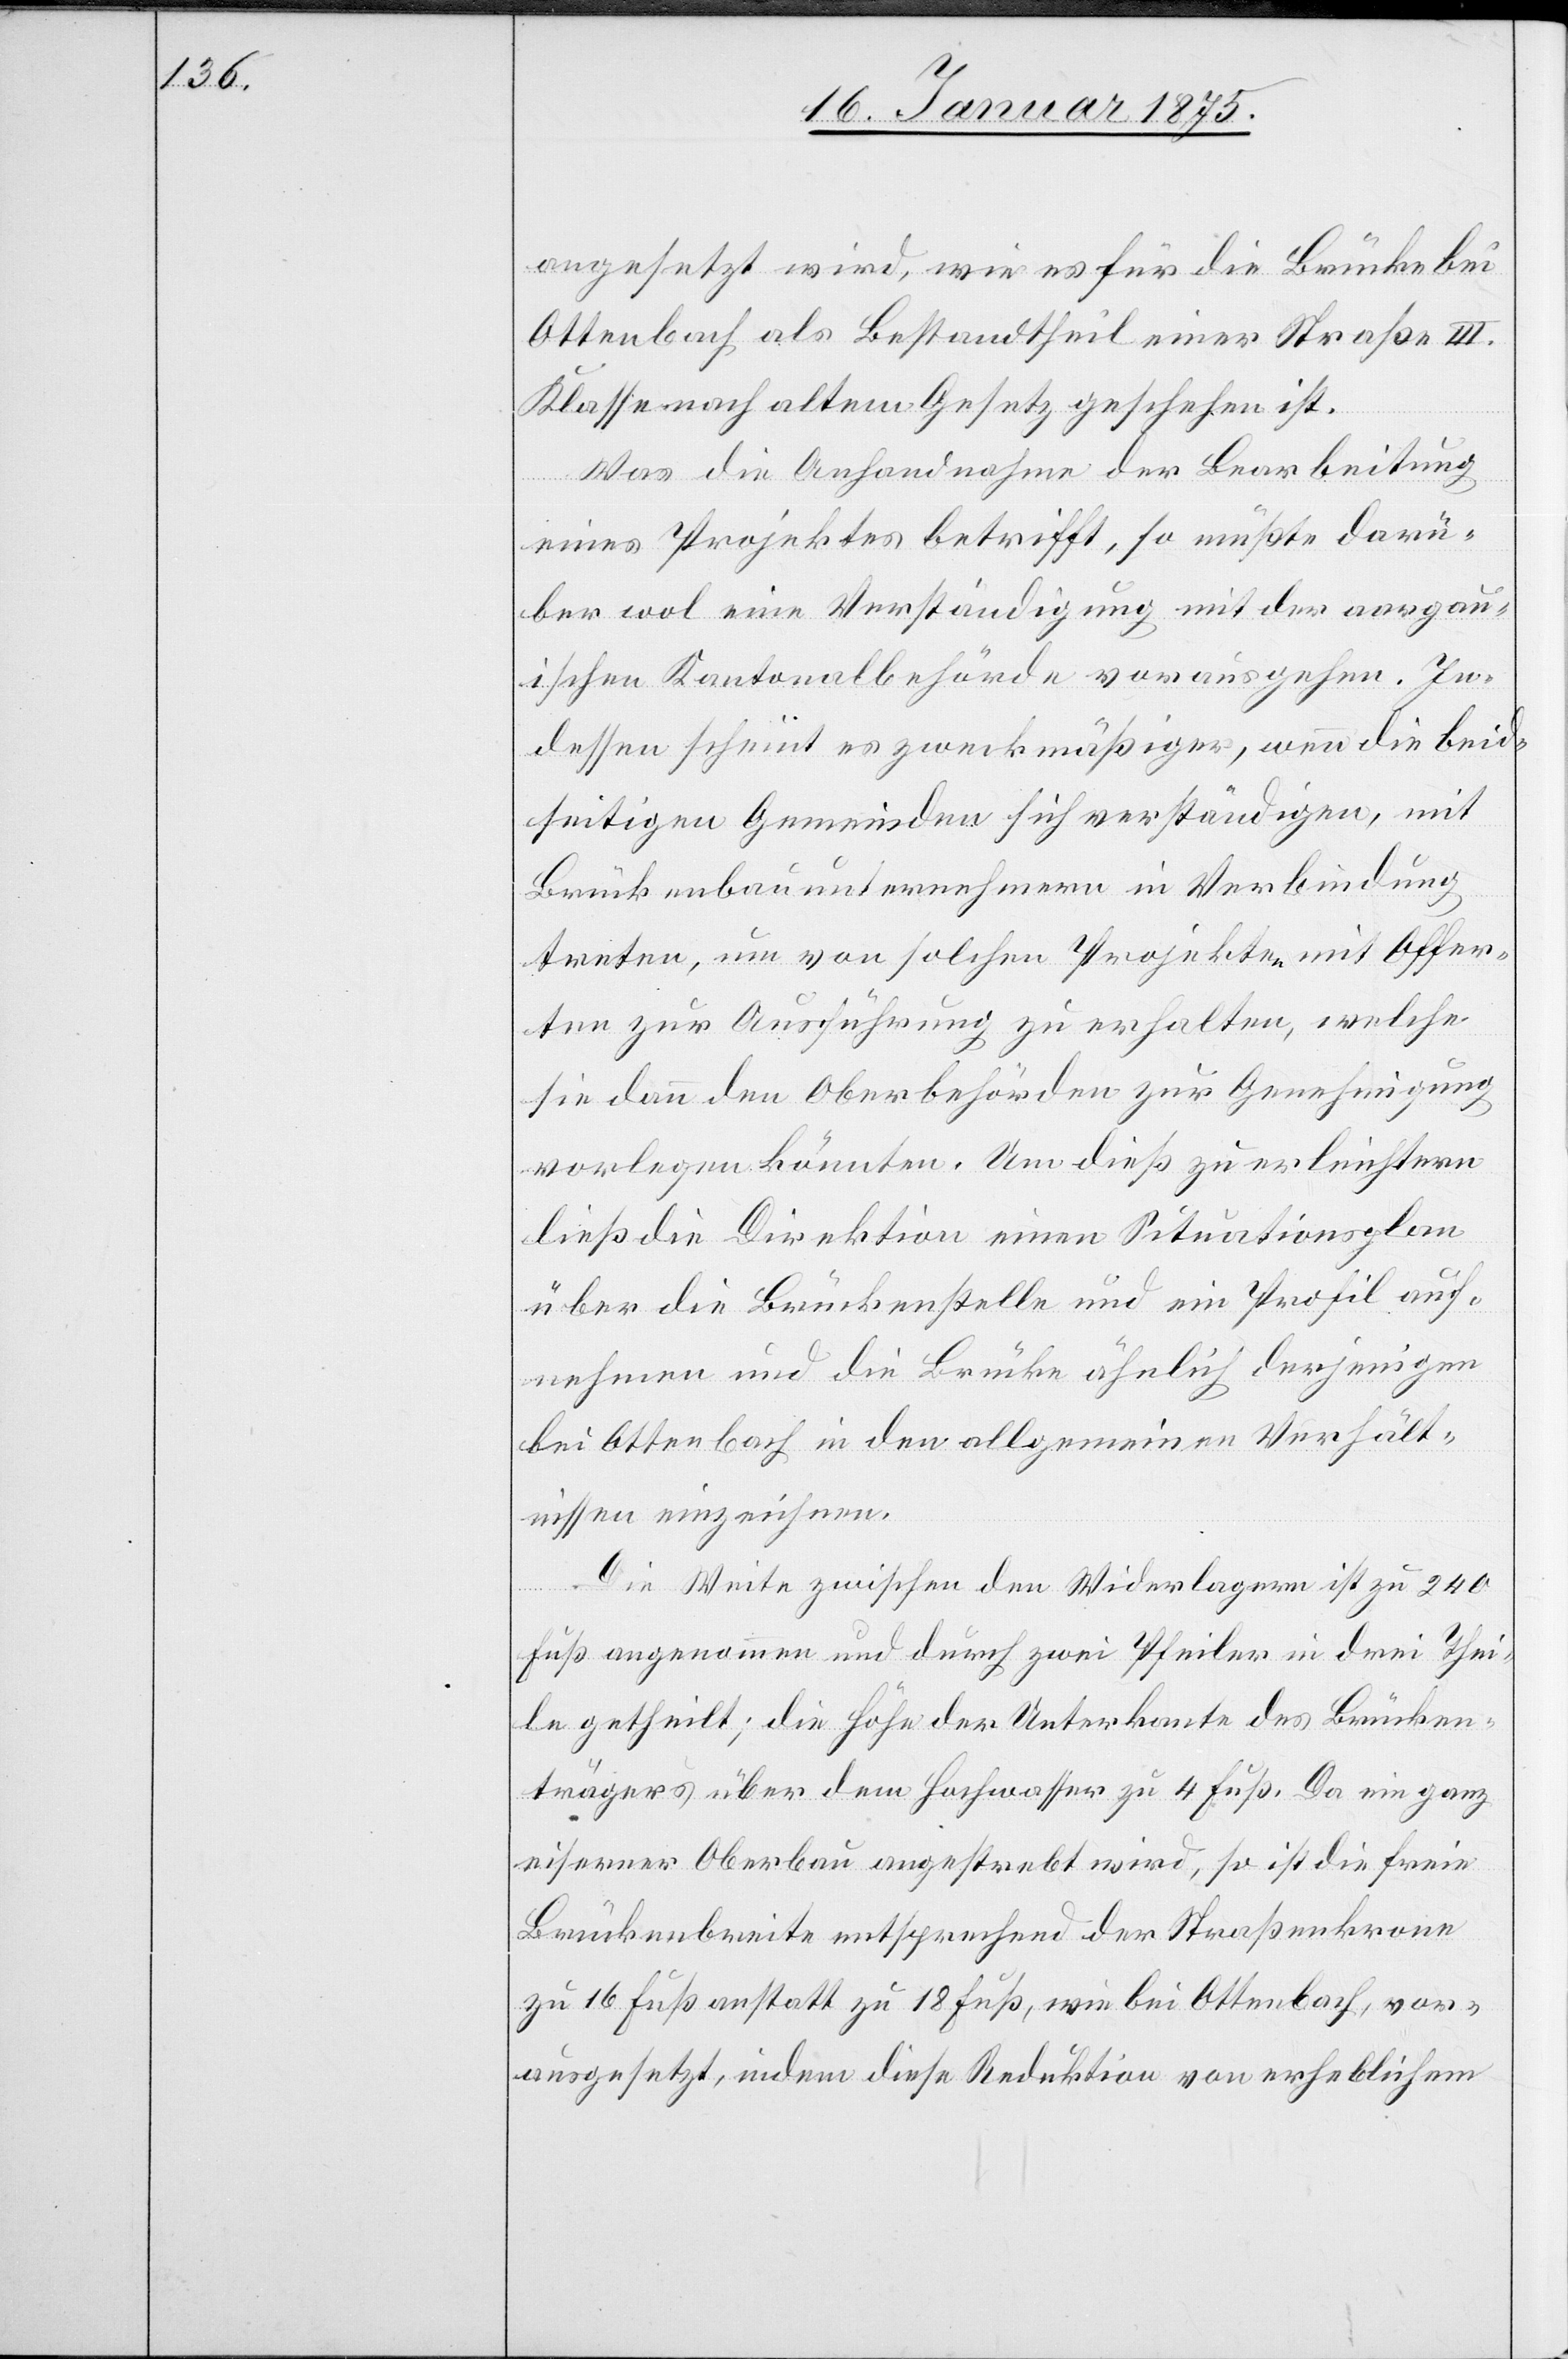
angesetzt wird, wie es für die Brücke bei
Ottenbach als Bestandtheil einer Straße III.
Klasse nach altem Gesetz geschehen ist.
Was die Anhandnahme der Bearbeitung
eines Projektes betrifft, so müßte darü¬
ber wol eine Verständigung mit der aargau¬
ischen Kantonalbehörde vorausgehen. In¬
dessen scheint es zweckmäßiger, wenn die beid¬
seitigen Gemeinden sich verständigen, mit
Brückenbauunternehmern in Verbindung
treten, um von solchen Projekten mit Offer¬
ten zur Ausführung zu erhalten, welche
sie dann den Oberbehörden zur Genehmigung
vorlegen könnten. Um dies zu erleichtern
ließ die Direktion einen Situationsplan
über die Brückenstelle und ein Profil auf¬
nehmen und die Brücke ähnlich derjenigen
bei Ottenbach in den allgemeinen Verhält¬
nissen einzeichnen.
Die Weite zwischen den Widerlagern ist zu 240
Fuß angenommen und durch zwei Pfeiler in drei Thei¬
le getheilt; die Höhe der Unterkante des Brücken¬
trägers über dem Hochwasser zu 4 Fuß. Da ein ganz
eiserner Oberbau angestrebt wird, so ist die freie
Brückenbreite entsprechend der Straßenkrone
zu 16 Fuß anstatt zu 18 Fuß, wie bei Ottenbach, vor¬
ausgesetzt, indem diese Reduktion von erheblichem